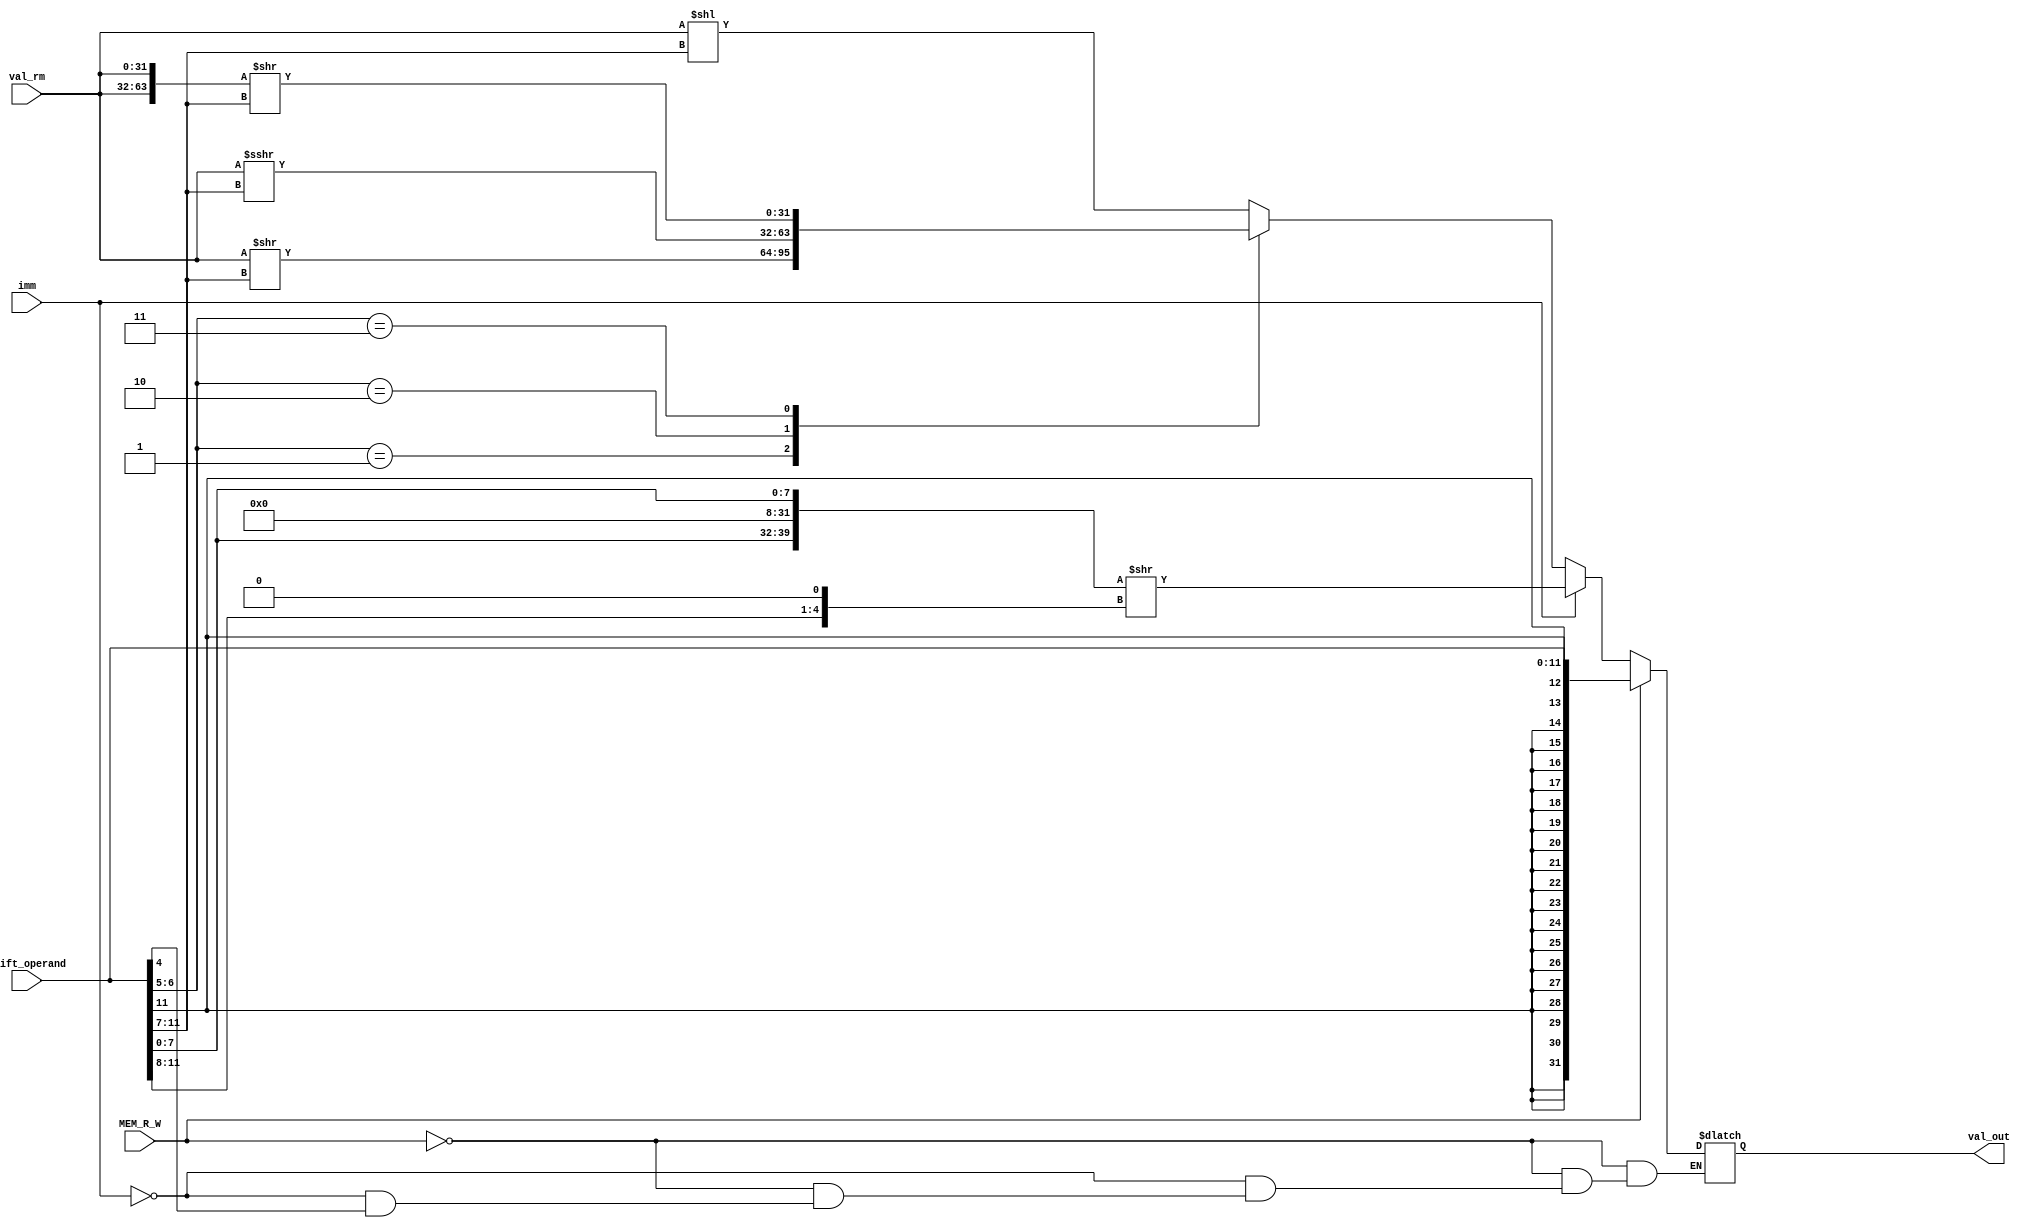
module Val2_Generator(
    input [11:0] shift_operand,
    input [31:0] val_rm,
    input MEM_R_W, imm,
    output reg [31:0] val_out
    );

    wire [31:0] extended_imm;
    wire [63:0] shifted_64bit_imm, shifted_64bit_val_rm;

    assign extended_imm = {24'b0, shift_operand[7:0]};
    assign shifted_64bit_imm = ({extended_imm, extended_imm} >> {shift_operand[11:8], 1'b0});
    assign shifted_64bit_val_rm = ({val_rm, val_rm} >> shift_operand[11:7]);

    always @(*) begin
        if (MEM_R_W)
            val_out = {{20{shift_operand[11]}}, shift_operand};
        else if (imm) begin  //32-bit immediate
            val_out = shifted_64bit_imm[31:0];
        end
        else if (~shift_operand[4]) begin
            case(shift_operand[6:5])
                2'b00: val_out = val_rm << shift_operand[11:7]; //LSL
                2'b01: val_out = val_rm >> shift_operand[11:7]; //LSR
                2'b10: val_out = val_rm >>> shift_operand[11:7]; //ASR
                2'b11: val_out = shifted_64bit_val_rm[31:0]; //ROR
            endcase
        end
    end

endmodule